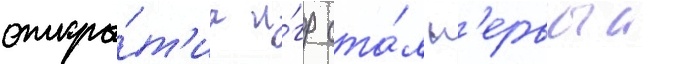
откры́т'иа и́гр ста́л п'ервыи